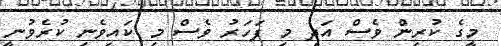
މީގެ ކުރިން ވެސް އަދި މި ފަހަރު ވެސް މި ކައިވެނި ކުރެވުނީ